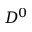
D ^ { 0 }